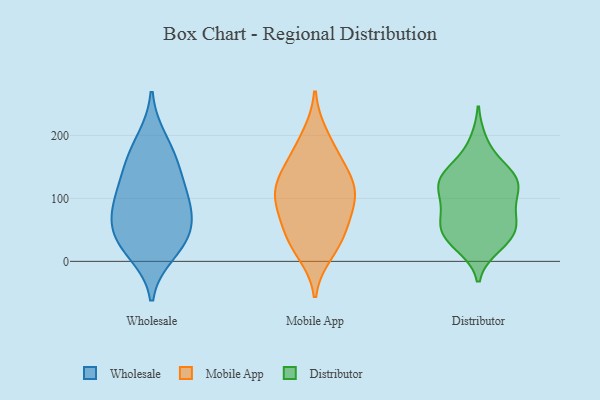
{"axis": {"x": "Humidity (%)", "y": "Value"}, "legend": ["Distributor", "Mobile App", "Wholesale"], "data": [{"x": "", "y": 46, "type": "Wholesale"}, {"x": "", "y": 155, "type": "Wholesale"}, {"x": "", "y": 43, "type": "Wholesale"}, {"x": "", "y": 102, "type": "Wholesale"}, {"x": "", "y": 113, "type": "Wholesale"}, {"x": "", "y": 75, "type": "Wholesale"}, {"x": "", "y": 86, "type": "Wholesale"}, {"x": "", "y": 156, "type": "Wholesale"}, {"x": "", "y": 30, "type": "Wholesale"}, {"x": "", "y": 14, "type": "Wholesale"}, {"x": "", "y": 193, "type": "Wholesale"}, {"x": "", "y": 14, "type": "Mobile App"}, {"x": "", "y": 40, "type": "Mobile App"}, {"x": "", "y": 76, "type": "Mobile App"}, {"x": "", "y": 100, "type": "Mobile App"}, {"x": "", "y": 60, "type": "Mobile App"}, {"x": "", "y": 199, "type": "Mobile App"}, {"x": "", "y": 150, "type": "Mobile App"}, {"x": "", "y": 136, "type": "Mobile App"}, {"x": "", "y": 103, "type": "Mobile App"}, {"x": "", "y": 172, "type": "Mobile App"}, {"x": "", "y": 113, "type": "Mobile App"}, {"x": "", "y": 31, "type": "Mobile App"}, {"x": "", "y": 115, "type": "Mobile App"}, {"x": "", "y": 57, "type": "Distributor"}, {"x": "", "y": 141, "type": "Distributor"}, {"x": "", "y": 135, "type": "Distributor"}, {"x": "", "y": 188, "type": "Distributor"}, {"x": "", "y": 110, "type": "Distributor"}, {"x": "", "y": 26, "type": "Distributor"}, {"x": "", "y": 38, "type": "Distributor"}, {"x": "", "y": 121, "type": "Distributor"}, {"x": "", "y": 41, "type": "Distributor"}, {"x": "", "y": 83, "type": "Distributor"}, {"x": "", "y": 77, "type": "Distributor"}, {"x": "", "y": 63, "type": "Distributor"}, {"x": "", "y": 144, "type": "Distributor"}, {"x": "", "y": 125, "type": "Distributor"}, {"x": "", "y": 116, "type": "Distributor"}, {"x": "", "y": 40, "type": "Distributor"}]}